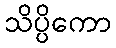
သိပ္ပိကော